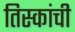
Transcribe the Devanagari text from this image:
तिस्कांची